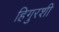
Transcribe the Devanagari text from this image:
हिगुरशी